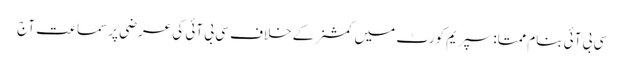
سی بی آئی بنام ممتا:سپریم کورٹ میں کمشنرکے خلاف سی بی آئی کی عرضی پرسماعت آج